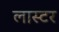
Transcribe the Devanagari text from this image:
लास्टर